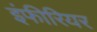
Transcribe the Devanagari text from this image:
इंफीरियर